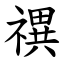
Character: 禩